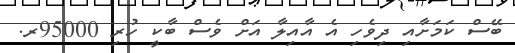
ބޭސް ކަމަށާއި ދިވެހި އެ އާއިލާ އަށް ވެސް ބާކީ ހުރި 95000ރ.